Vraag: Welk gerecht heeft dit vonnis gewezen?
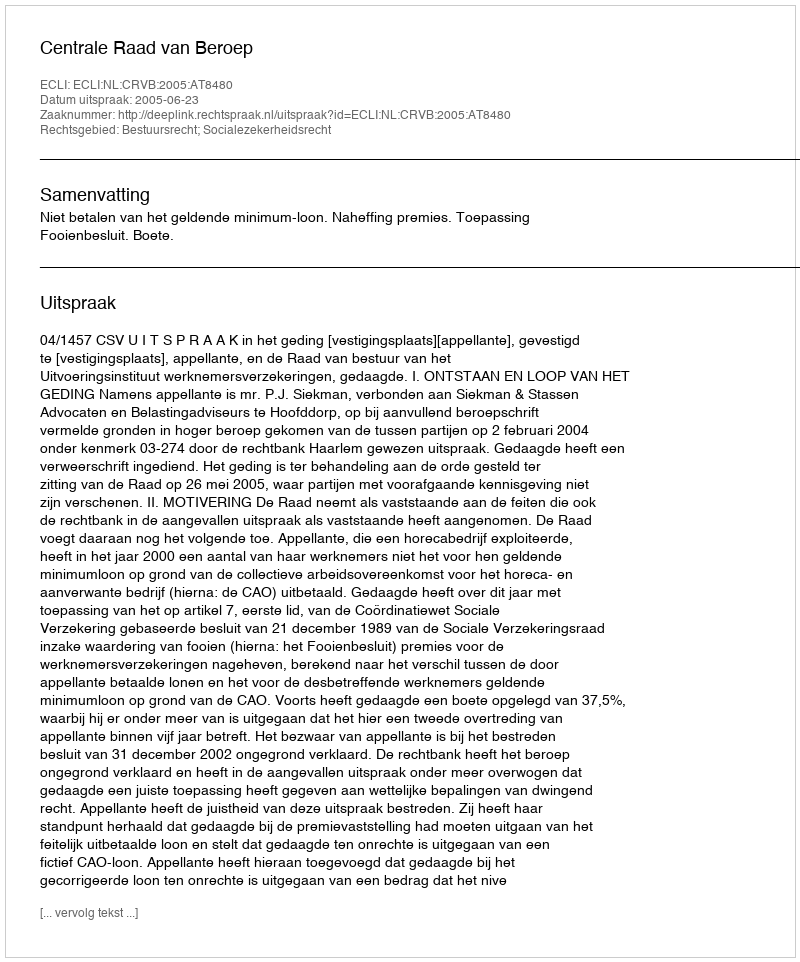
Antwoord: Centrale Raad van Beroep